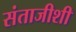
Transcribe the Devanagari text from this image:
संताजीशी